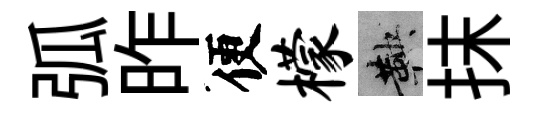
弧昨便檬鞅抹